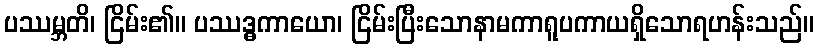
ပဿမ္ဘတိ၊ ငြိမ်း၏။ ပဿဒ္ဓကာယော၊ ငြိမ်းပြီးသောနာမကာရူပကာယရှိသောရဟန်းသည်။